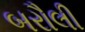
બરૌલી